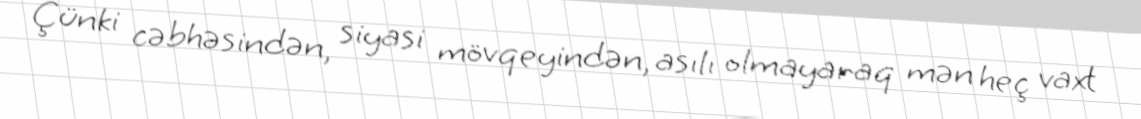
Çünki cəbhəsindən, siyasi mövqeyindən, asılı olmayaraq mən heç vaxt